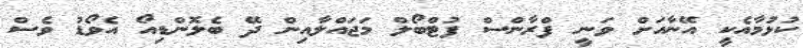
ކުޅުމާއެކީ އޭނާއަށް ވަނީ ފްރާންސް ފުޓްބޯލް މަޖައްލާއިން ދޭ ބެލޮންޑިއޯ އެވޯޑު ވެސް